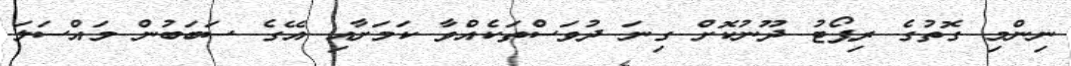
ނިންމި ގޮތުގެ ރިޕޯޓު ދޫނުކޮށް ގިނަ ދުވަސްތަކެއްވާ ކަމަށާއި އޭގެ ސަބަބުން މައްސަލަ